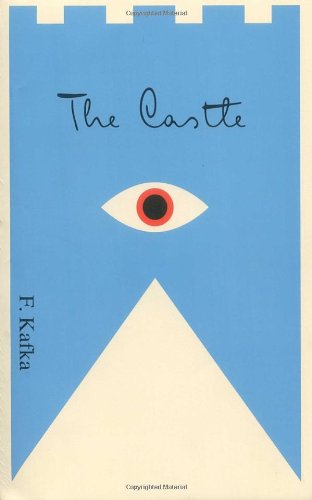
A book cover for The Castle; Franz Kafka; Literature & Fiction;